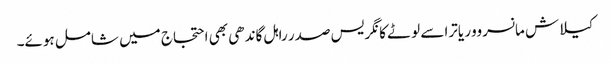
کیلاش مانسروور یاترا سے لوٹے کانگریس صدر راہل گاندھی بھی احتجاج میں شامل ہوئے۔